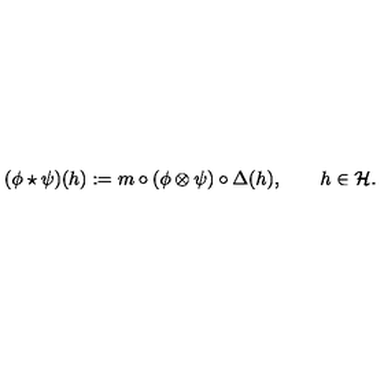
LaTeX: ( \phi \star \psi ) ( h ) : = m \circ ( \phi \otimes \psi ) \circ \Delta ( h ) , \qquad h \in \mathcal { H } .